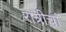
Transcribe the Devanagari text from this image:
रात्रीचां